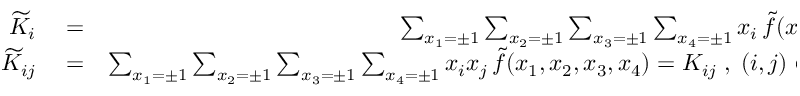
\begin{array} { r l r } { { \widetilde K } _ { i } } & { { } = } & { \sum _ { x _ { 1 } = \pm 1 } \sum _ { x _ { 2 } = \pm 1 } \sum _ { x _ { 3 } = \pm 1 } \sum _ { x _ { 4 } = \pm 1 } x _ { i } \, { \widetilde f } ( x _ { 1 } , x _ { 2 } , x _ { 3 } , x _ { 4 } ) = K _ { i } \; , \; i \in \{ 1 , 2 , 3 , 4 \} \; , } \\ { { \widetilde K } _ { i j } } & { { } = } & { \sum _ { x _ { 1 } = \pm 1 } \sum _ { x _ { 2 } = \pm 1 } \sum _ { x _ { 3 } = \pm 1 } \sum _ { x _ { 4 } = \pm 1 } x _ { i } x _ { j } \, { \widetilde f } ( x _ { 1 } , x _ { 2 } , x _ { 3 } , x _ { 4 } ) = K _ { i j } \; , \; ( i , j ) \in \{ ( 1 , 3 ) , ( 1 , 4 ) , ( 2 , 3 ) , ( 2 , 4 ) , ( 3 , 4 ) \} \; , } \end{array}